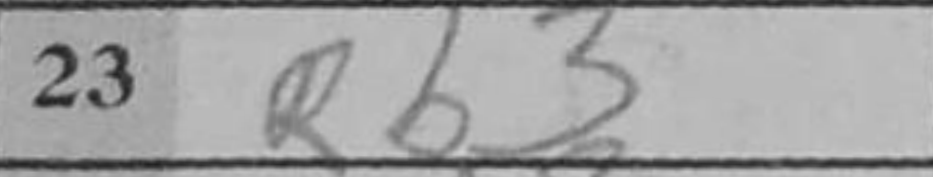
Transcription: Rb3